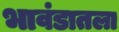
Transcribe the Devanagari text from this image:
भावंडातला